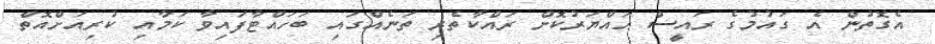
އެގޮތުން އެ ގައުމުގެ ރައީސް ހައްޔަރުކޮށް ރައްކާތެރި ތަނެއްގައި ބަހައްޓާފައިވާ ކަމާއި ކުރިއަށްއޮތް